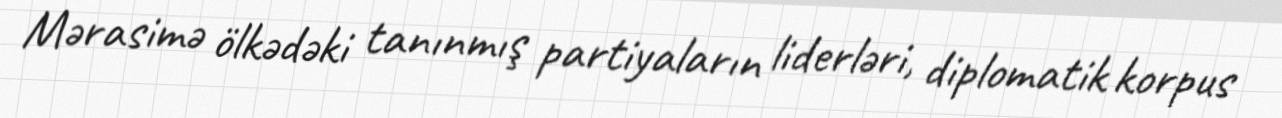
Mərasimə ölkədəki tanınmış partiyaların liderləri, diplomatik korpus